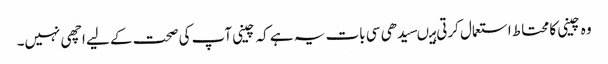
وہ چینی کا محتاط استعمال کرتی ہیںسیدھی سی بات یہ ہے کہ چینی آپ کی صحت کے لیے اچھی نہیں۔